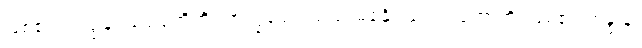
ဖြစ်၏။ သဒ္ဒါနံ၊ သဒ္ဒါရုံတိုကို။ အက္ခမော၊ သည်းမခံနိုင်သည်။ ဟောတိ၊ ဖြစ်၏။ ဂန္ဓာနံ၊